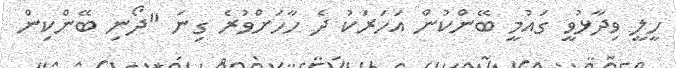
ހީލީ ވިދާޅުވީ ގައުމީ ބޭންކުން އަހަރަކު ދެ ހާހަށްވުރެ ގިނަ "ދޯނި ބޭންކިން